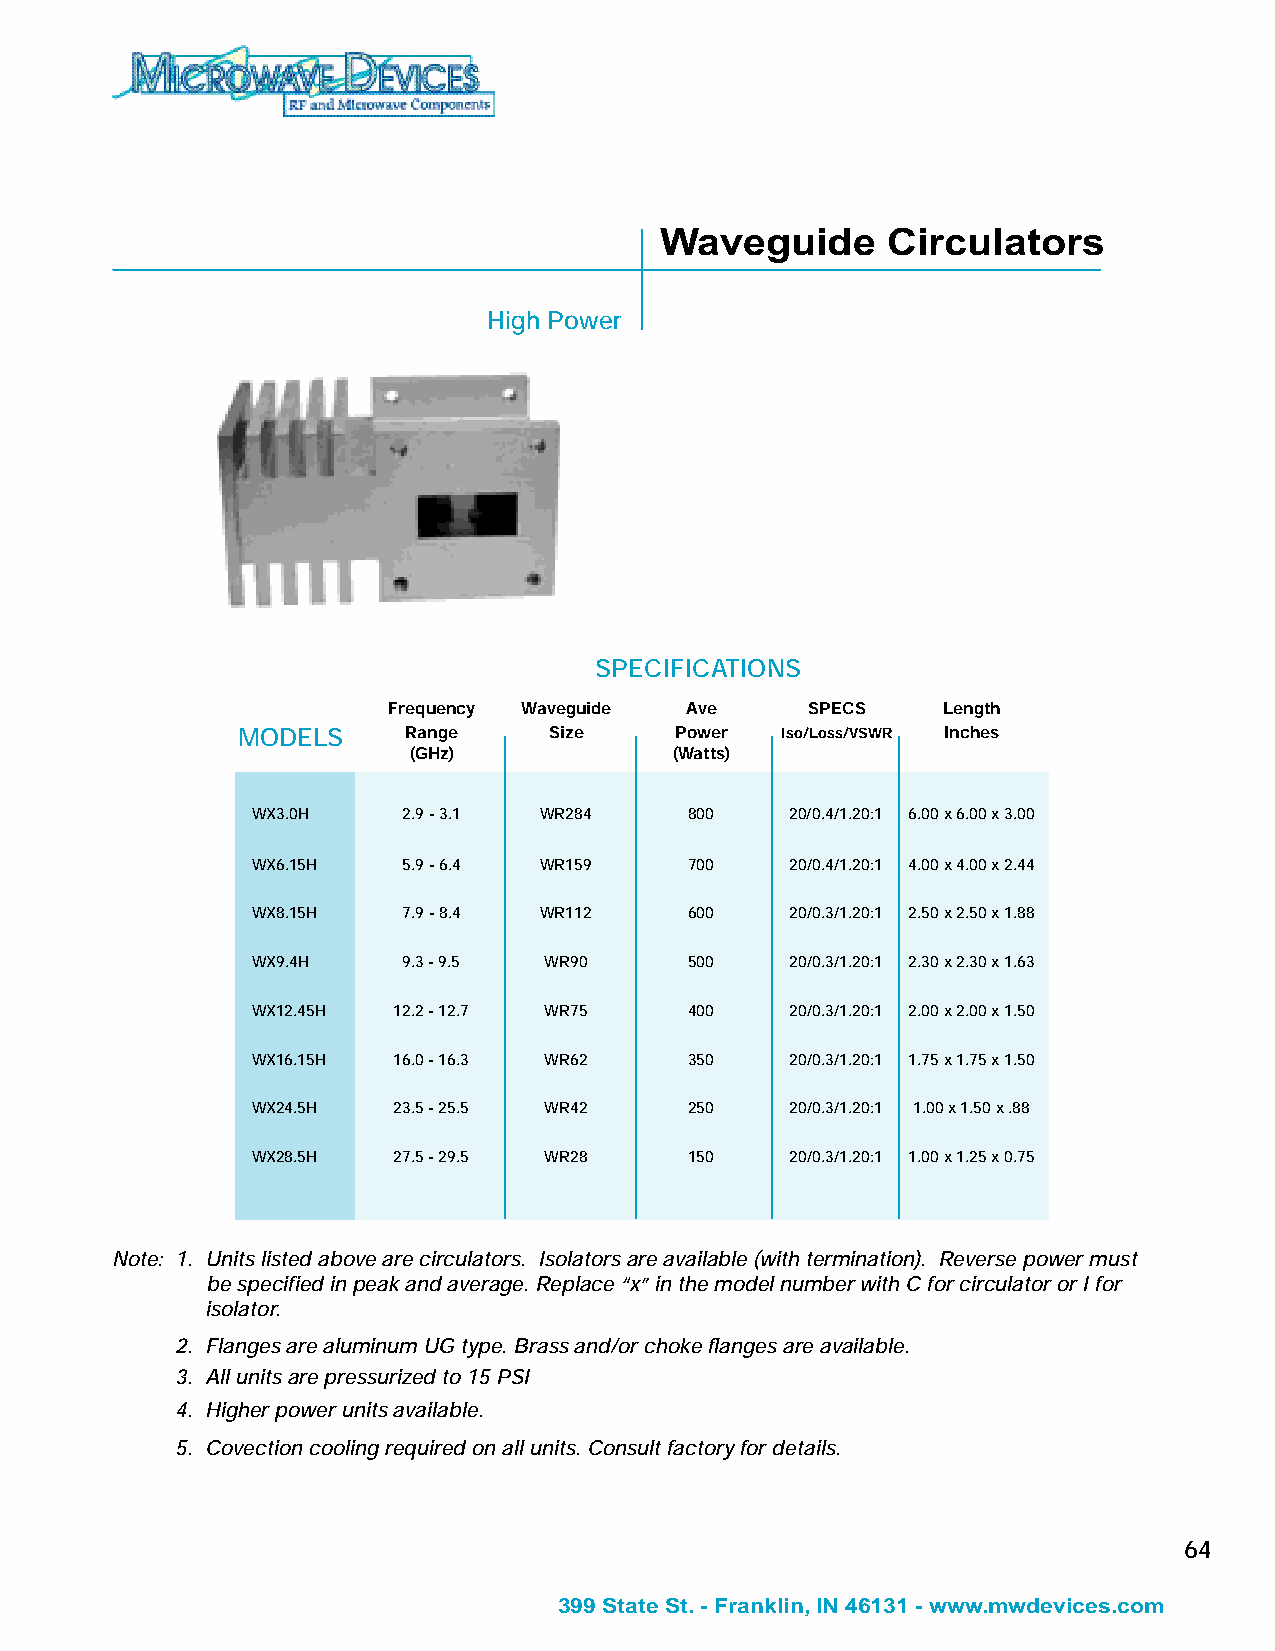
Waveguide      Circulators
 High Power
 SPECIFICATIONS
 Frequency Waveguide Ave    SPECS    Length
 MODELS     Range    Size     Power  Iso/Loss/VSWR Inches
 (GHz)             (Watts)
 WX3.0H    2.9 - 3.1 WR284    800   20/0.4/1.20:1 6.00 x 6.00 x 3.00
 WX6.15H   5.9 - 6.4 WR159    700   20/0.4/1.20:1 4.00 x 4.00 x 2.44
 WX8.15H   7.9 - 8.4 WR112    600   20/0.3/1.20:1 2.50 x 2.50 x 1.88
 WX9.4H    9.3 - 9.5 WR90     500   20/0.3/1.20:1 2.30 x 2.30 x 1.63
 WX12.45H 12.2 - 12.7 WR75    400   20/0.3/1.20:1 2.00 x 2.00 x 1.50
 WX16.15H 16.0 - 16.3 WR62    350   20/0.3/1.20:1 1.75 x 1.75 x 1.50
 WX24.5H  23.5 - 25.5 WR42    250   20/0.3/1.20:1 1.00 x 1.50 x .88
 WX28.5H  27.5 - 29.5 WR28    150   20/0.3/1.20:1 1.00 x 1.25 x 0.75
 Note: 1. Units listed above are circulators. Isolators are available (with termination). Reverse power must
 be specified in peak and average. Replace “x” in the model number with C for circulator or I for
 isolator.
 2. Flanges are aluminum UG type. Brass and/or choke flanges are available.
 3. All units are pressurized to 15 PSI
 4. Higher power units available.
 5. Covection cooling required on all units. Consult factory for details.
 64
 399 State St. - Franklin, IN 46131 - www.mwdevices.com